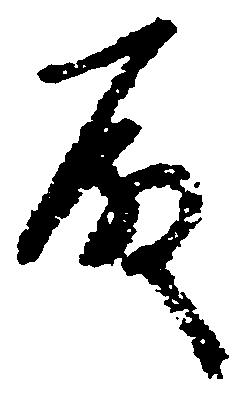
殿